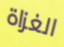
الغزاة